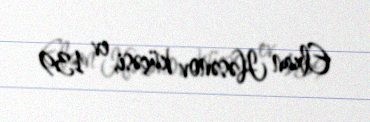
Elxan Həsənov küçəsi, ev 139